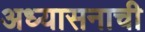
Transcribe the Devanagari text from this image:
अध्यासनाची